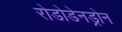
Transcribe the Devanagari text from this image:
रोडोडेनड्रोन